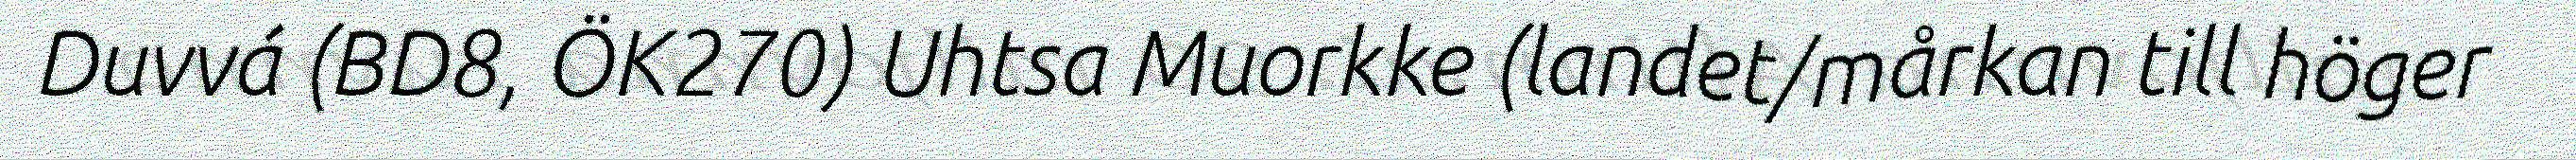
Duvvá (BD8, ÖK270) Uhtsa Muorkke (landet/mårkan till höger